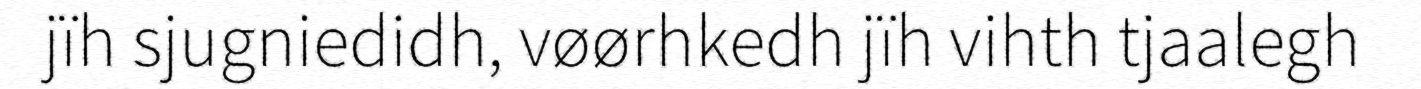
jïh sjugniedidh, vøørhkedh jïh vihth tjaalegh